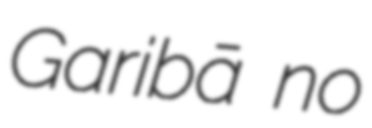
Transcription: Garibā no